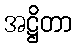
အဋ္ဌိတာ